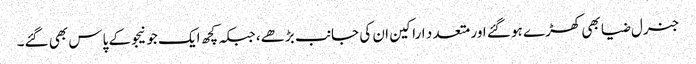
جنرل ضیا بھی کھڑے ہو گئے اور متعد د اراکین ان کی جانب بڑھے، جبکہ کچھ ایک جو نیجو کے پاس بھی گئے۔